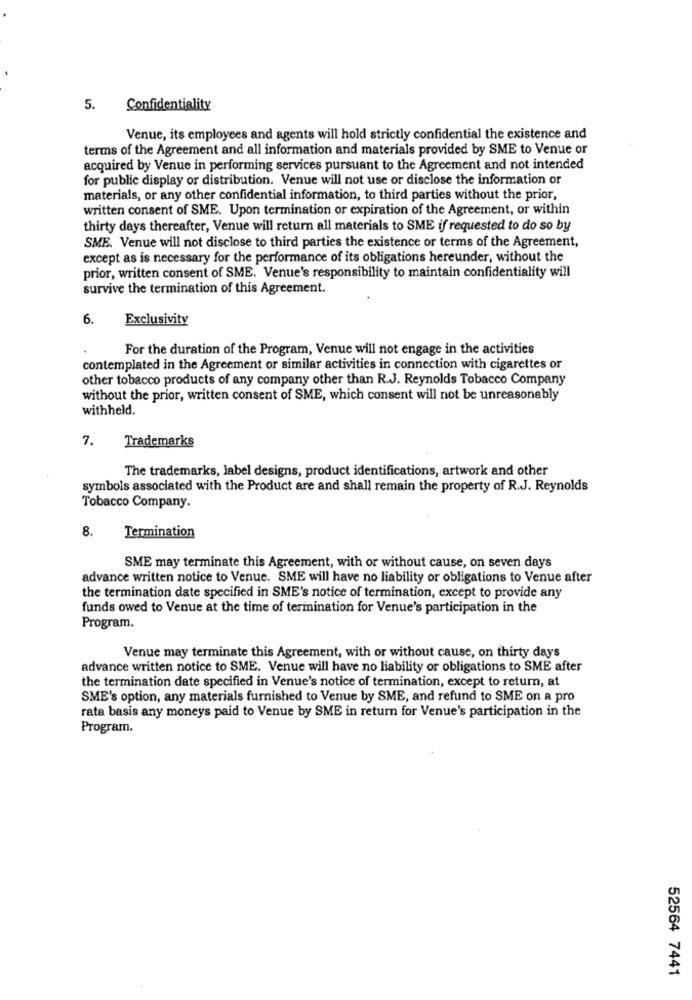
5. Confidentiality
Venue, its employees and agents will hold strictly confidential the existence and
terms of the Agreement and all information and materials provided by SME to Venue or
acquired by Venue in performing services pursuant to the Agreement and not intended
for public display or distribution. Venue will not use or disclose the information or
materials, or any other confidential information, to third parties without the prior,
written consent of SME. Upon termination or expiration of the Agreement, or within
thirty days thereafter, Venue will return all materials to SME if requested to do so by
SME. Venue will not disclose to third parties the existence or terms of the Agreement,
except as is necessary for the performance of its obligations hereunder, without the
prior, written consent of SME. Venue's responsibility to maintain confidentiality will
survive the termination of this Agreement.
6.
Exclusivity
For the duration of the Program, Venue will not engage in the activities
contemplated in the Agreement or similar activities in connection with cigarettes or
other tobacco products of any company other than R.J. Reynolds Tobacco Company
without the prior, written consent of SME, which consent will not be unreasonably
withheld.
7.
Trademarks
The trademarks, label designs, product identifications, artwork and other
symbols associated with the Product are and shall remain the property of R.J. Reynolds
Tobacco Company.
8.
Termination
SME may terminate this Agreement, with or without cause, on seven days
advance written notice to Venue. SME will have no liability or obligations to Venue after
the termination date specified in SME's notice of termination, except to provide any
funds owed to Venue at the time of termination for Venue's participation in the
Program.
Venue may terminate this Agreement, with or without cause, on thirty days
advance written notice to SME. Venue will have no liability or obligations to SME after
the termination date specified in Venue's notice of termination, except to return, at
SME's option, any materials furnished to Venue by SME, and refund to SME on a pro
rata basis any moneys paid to Venue by SME in return for Venue's participation in the
Program.
52564 7441